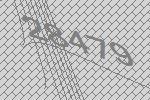
28479